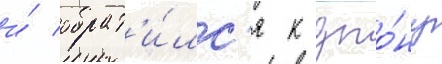
и́ обрат'и́лс'я к джо́ну